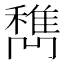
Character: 𰨹